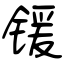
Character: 锾